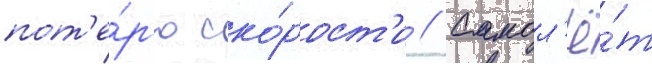
пот'е́р'ю ско́рост'и // Самол'ё́т